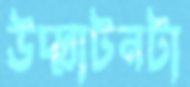
উদ্ঘাটনটা